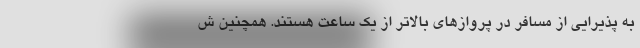
به پذیرایی از مسافر در پروازهای بالاتر از یک ساعت هستند. همچنین ش